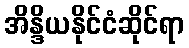
အိန္ဒိယနိုင်ငံဆိုင်ရာ